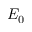
E _ { 0 }